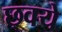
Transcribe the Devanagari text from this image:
छ्वये